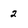
Character: 2